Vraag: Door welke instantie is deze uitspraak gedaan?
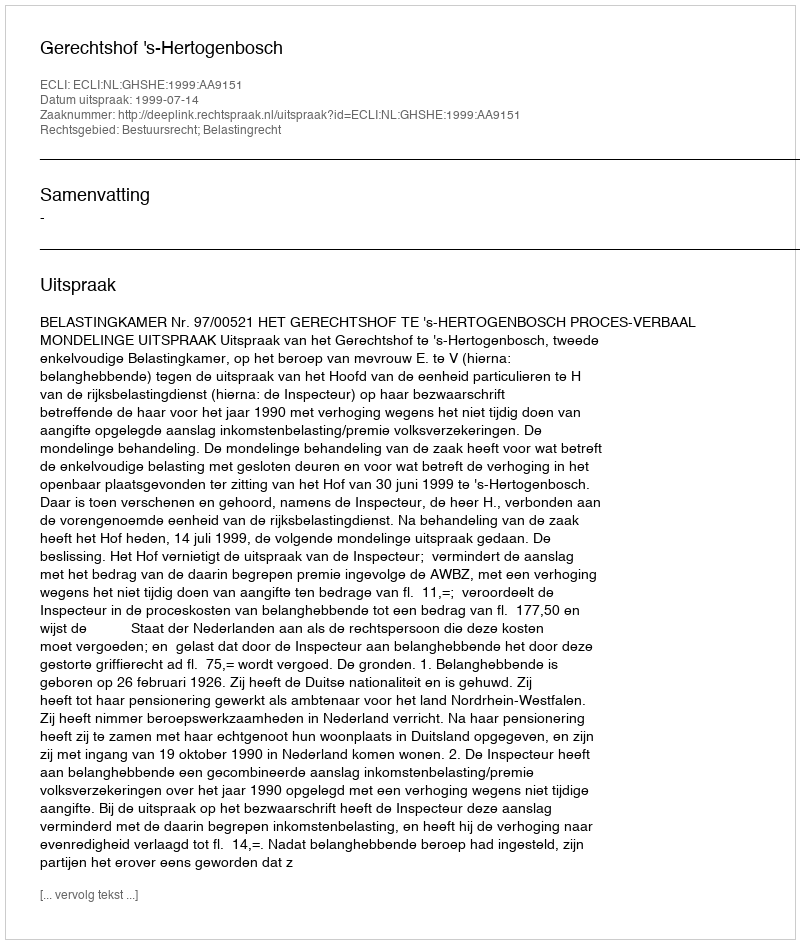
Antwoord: Gerechtshof 's-Hertogenbosch